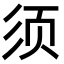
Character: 须